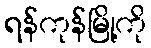
ရန်ကုန်မြို့ကို